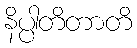
နိပ္ပါတိတာတိ